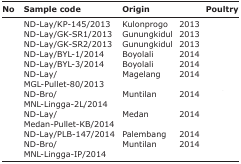
<table><thead><tr><td><b>No</b></td><td><b>Sample code</b></td><td><b>Origin</b></td><td>[EMPTY_CELL]</td><td><b>Poultry</b></td></tr></thead><tbody><tr><td>[EMPTY_CELL]</td><td>ND-Lay/KP-145/2013</td><td>Kulonprogo</td><td>2013</td><td>[EMPTY_CELL]</td></tr><tr><td>[EMPTY_CELL]</td><td>ND-Lay/GK-SR1/2013</td><td>Gunungkidul</td><td>2013</td><td>[EMPTY_CELL]</td></tr><tr><td>[EMPTY_CELL]</td><td>ND-Lay/GK-SR2/2013</td><td>Gunungkidul</td><td>2013</td><td>[EMPTY_CELL]</td></tr><tr><td>[EMPTY_CELL]</td><td>ND-Lay/BYL-1/2014</td><td>Boyolali</td><td>2014</td><td>[EMPTY_CELL]</td></tr><tr><td>[EMPTY_CELL]</td><td>ND-Lay/BYL-3/2014</td><td>Boyolali</td><td>2014</td><td>[EMPTY_CELL]</td></tr><tr><td>[EMPTY_CELL]</td><td>ND-Lay/MGL-Pullet-80/2013</td><td>Magelang</td><td>2014</td><td>[EMPTY_CELL]</td></tr><tr><td>[EMPTY_CELL]</td><td>ND-Bro/MNL-Lingga-2L/2014</td><td>Muntilan</td><td>2014</td><td>[EMPTY_CELL]</td></tr><tr><td>[EMPTY_CELL]</td><td>ND-Lay/Medan-Pullet-KB/2014</td><td>Medan</td><td>2014</td><td>[EMPTY_CELL]</td></tr><tr><td>[EMPTY_CELL]</td><td>ND-Lay/PLB-147/2014</td><td>Palembang</td><td>2014</td><td>[EMPTY_CELL]</td></tr><tr><td>[EMPTY_CELL]</td><td>ND-Bro/MNL-Lingga-IP/2014</td><td>Muntilan</td><td>2014</td><td>[EMPTY_CELL]</td></tr></tbody></table>